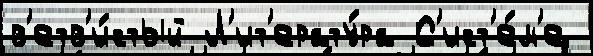
в'етв'и́стый Л'ит'ерату́ра С'ист'е́м'е